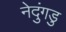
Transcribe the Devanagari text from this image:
नेदुंगडु